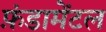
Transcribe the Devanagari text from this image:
फ़ंडामेंटल